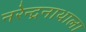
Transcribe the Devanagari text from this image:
नरेन्द्रनाथाला